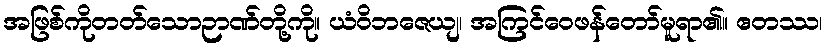
အဖြစ်ကိုတတ်သောဉာဏ်တို့ကို။ ယံဝိဘဇေယျ၊ အကြင်ဝေဖန်တော်မူရာ၏။ ဧတဿ၊